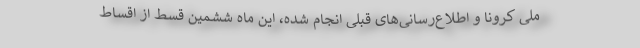
ملی کرونا و اطلاع‌رسانی‌های قبلی انجام شده، این ماه ششمین قسط از اقساط